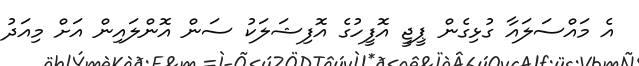
އެ މައްސަލައާ ގުޅިގެން ޕީޖީ އޮފީހުގެ އޮފިޝަލަކު ސަން އޮންލައިން އަށް މިއަދު